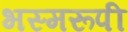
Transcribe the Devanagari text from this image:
भस्मरूपी